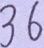
3 6